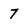
Character: 7